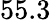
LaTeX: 55.3